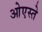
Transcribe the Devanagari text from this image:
ओएस्ते